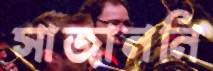
সাজাননি